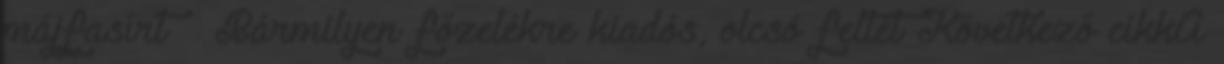
májfasírt – Bármilyen főzelékre kiadós, olcsó feltét Következő cikkA